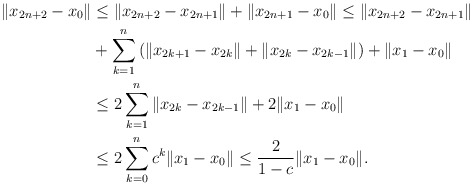
\begin{align*}\|x_{2n+2}-x_{0}\|&\le\|x_{2n+2}-x_{2n+1}\|+\|x_{2n+1}-x_{0}\|\le\|x_{2n+2}-x_{2n+1}\|\\&+\sum_{k=1}^{n}\left(\|x_{2k+1}-x_{2k}\|+\|x_{2k}-x_{2k-1}\|\right)+\|x_{1}-x_{0}\|\\&\le2\sum_{k=1}^{n}\|x_{2k}-x_{2k-1}\|+2\|x_{1}-x_{0}\|\\&\le 2\sum_{k=0}^{n}c^k\|x_{1}-x_{0}\|\le\frac{2}{1-c}\|x_1-x_0\|.\end{align*}